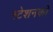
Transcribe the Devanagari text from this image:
स्टेशनको